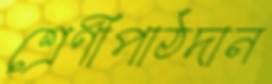
শ্রেণীপাঠদান